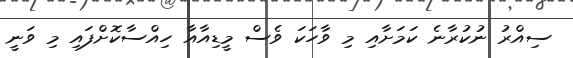
ސިއްރު ނުކުރާނެ ކަމަށާއި މި ވާހަކަ ވެސް މީޑިއާއާ ހިއްސާކޮށްފައި މި ވަނީ